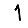
Digit: 1